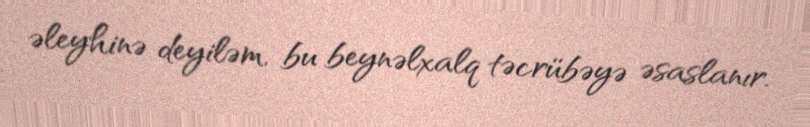
əleyhinə deyiləm, bu beynəlxalq təcrübəyə əsaslanır.